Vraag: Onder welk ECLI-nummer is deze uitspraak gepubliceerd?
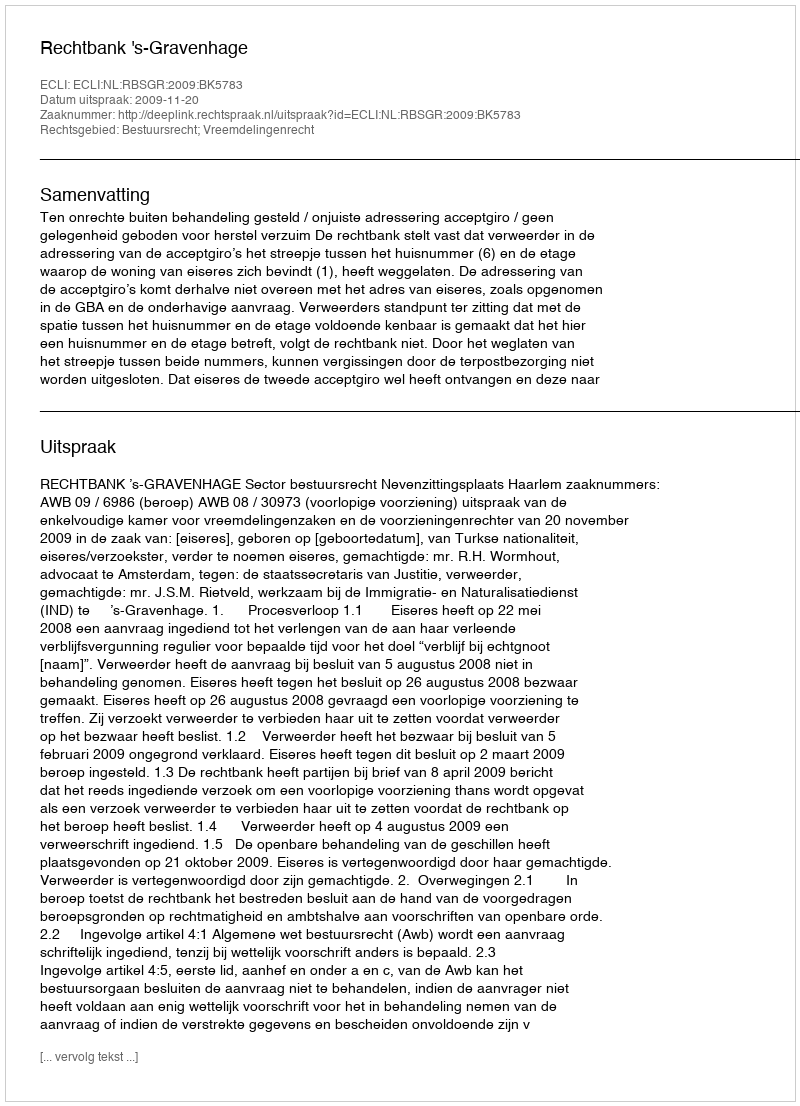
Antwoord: ECLI:NL:RBSGR:2009:BK5783